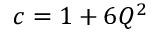
c = 1 + 6 Q ^ { 2 }